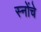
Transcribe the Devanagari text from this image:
स्नोंचे